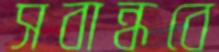
সবান্ধবে